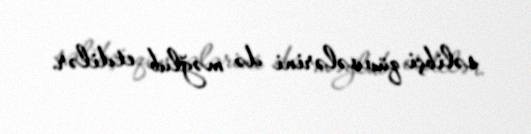
səlibçi qüvvələrini də məğlub etdilər.